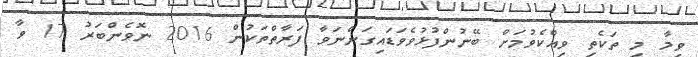
ވީމާ މި ތަކެތި ވިއްކެވުމަށް ބޭނުންފުޅުވެވަޑައިގަންނަވާ ފަރާތްތަކުން 2016 ނޮވެންބަރު 17 ވާ